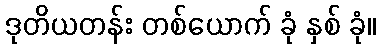
ဒုတိယတန်း တစ်ယောက် ခုံ နှစ် ခုံ။